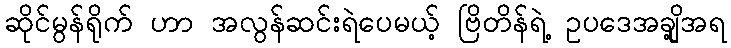
ဆိုင်မွန်ရိုက် ဟာ အလွန်ဆင်းရဲပေမယ့် ဗြိတိန်ရဲ့ ဥပဒေအချို့အရ